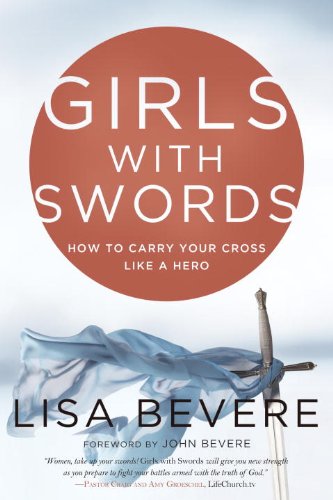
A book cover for Girls with Swords: How to Carry Your Cross Like a Hero; Lisa Bevere; Christian Books & Bibles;